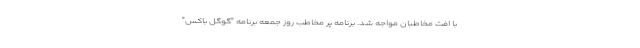
با افت مخاطبان مواجه شد. برنامه پر مخاطب روز جمعه برنامه "گوگل باکس"